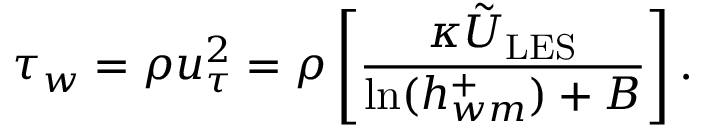
\tau _ { w } = \rho u _ { \tau } ^ { 2 } = \rho \left[ \frac { \kappa \tilde { U } _ { \mathrm { L E S } } } { \ln ( h _ { w m } ^ { + } ) + B } \right] .